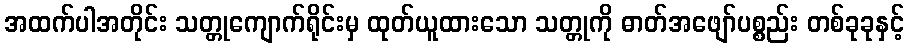
အထက်ပါအတိုင်း သတ္တုကျောက်ရိုင်းမှ ထုတ်ယူထားသော သတ္တုကို ဓာတ်အဖျော်ပစ္စည်း တစ်ခုခုနှင့်